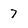
Character: 7